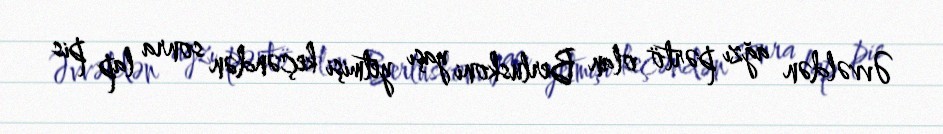
Əvvəldən ağzı pərtö olan Berluskoni yaşı yetmişi keçəndən sonra lap pis